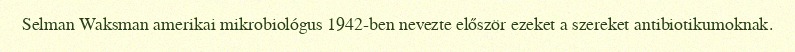
Selman Waksman amerikai mikrobiológus 1942-ben nevezte először ezeket a szereket antibiotikumoknak.